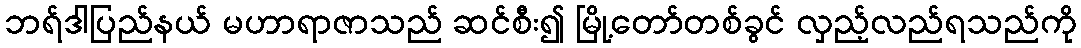
ဘရ်ဒါပြည်နယ် မဟာရာဇာသည် ဆင်စီး၍ မြို့တော်တစ်ခွင် လှည့်လည်ရသည်ကို